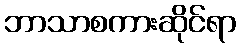
ဘာသာစကားဆိုင်ရာ